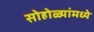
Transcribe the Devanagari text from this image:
सोहोळ्यांमध्ये